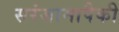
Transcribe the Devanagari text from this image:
सरंजामापैकी